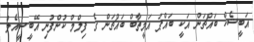
އަބީޝެކް ބައްޗަން އަކީ ބައްޕަ އަމީތާބް ބައްޗަން ގެ ފިލްމް ކުންފުނި އޭބީސީއެލް